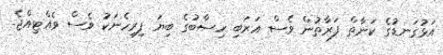
އަޅުގަނޑުގެ ކަނާތް ފަރާތުން ވެސް އަރަބި ހިސާބުގެ ބިޔަ ފިރިހެނަކު ވެސް ވެއްޓިއްޖެ.